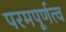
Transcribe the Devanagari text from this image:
परमपूर्णत्व